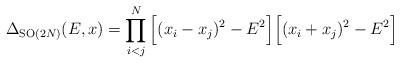
LaTeX: \begin{align*}\Delta_{{\rm SO}(2N)}(E,x)=\prod_{i<j}^N\Big[(x_i-x_j)^2-E^2\Big] \Big[(x_i+x_j)^2-E^2\Big]\end{align*}